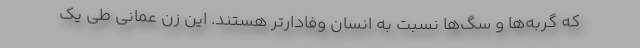
که گربه‌ها و سگ‌ها نسبت به انسان وفادارتر هستند. این زن عمانی طی یک